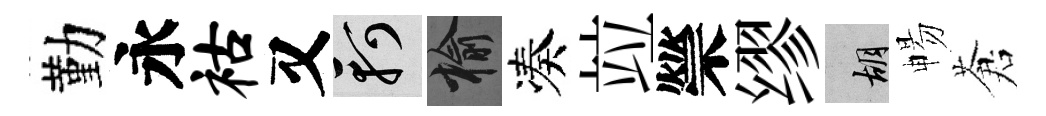
勤永祜又軻榆凑竝禜缪胡暢蒼